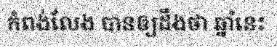
កំពង់លែង បានឲ្យដឹងថា ឆ្នាំនេះ